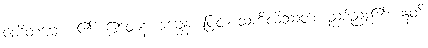
ဝေဒိတဗ္ဗော၊ ၏။ ဧတေန ဓမ္မေန၊ ဖြင့်။ သံကိလိဿတိ၊ ညစ်ညူး၏။ ဣတိ